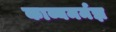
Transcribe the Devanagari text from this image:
काव्यमर्मज्ञ